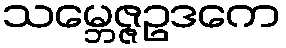
သမ္ဘေဇ္ဇဥဒကေ